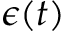
\epsilon ( t )